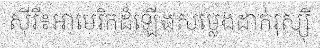
ស៊ីរី៖អាមេរិកដំឡើងសម្លេងដាក់រុស្ស៊ី